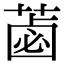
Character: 𦷕